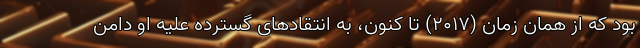
بود که از همان زمان (۲۰۱۷) تا کنون، به انتقادهای گسترده علیه او دامن